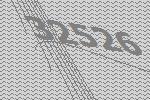
32526